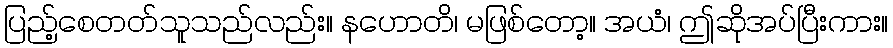
ပြည့်စေတတ်သူသည်လည်း။ နဟောတိ၊ မဖြစ်တော့။ အယံ၊ ဤဆိုအပ်ပြီးကား။